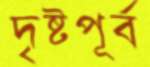
দৃষ্টপূর্ব